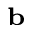
\bf _ { b }